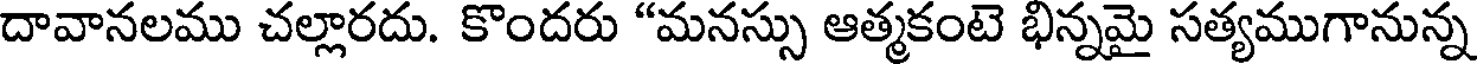
దావానలము చల్లారదు. కొందరు "మనస్సు ఆత్మకంటె భిన్నమై సత్యముగానున్న